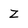
Character: Z